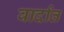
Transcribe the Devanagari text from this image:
वार्दात